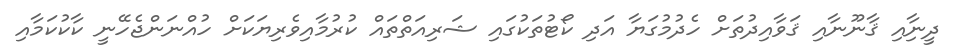
ދީނާިއި ޤާނޫނާއި ޤަވާއިދުތަށް ހެދުމުގަޔާ އަދި ކޯޓުތަކުގައި ޝަރިއަތްތައް ކުރުމާއިވެރިޔަކަށް ހުއްނަންޖެހޭނީ ކާކުކަމާއި